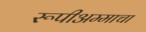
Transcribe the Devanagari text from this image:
रूपीअम्माचा